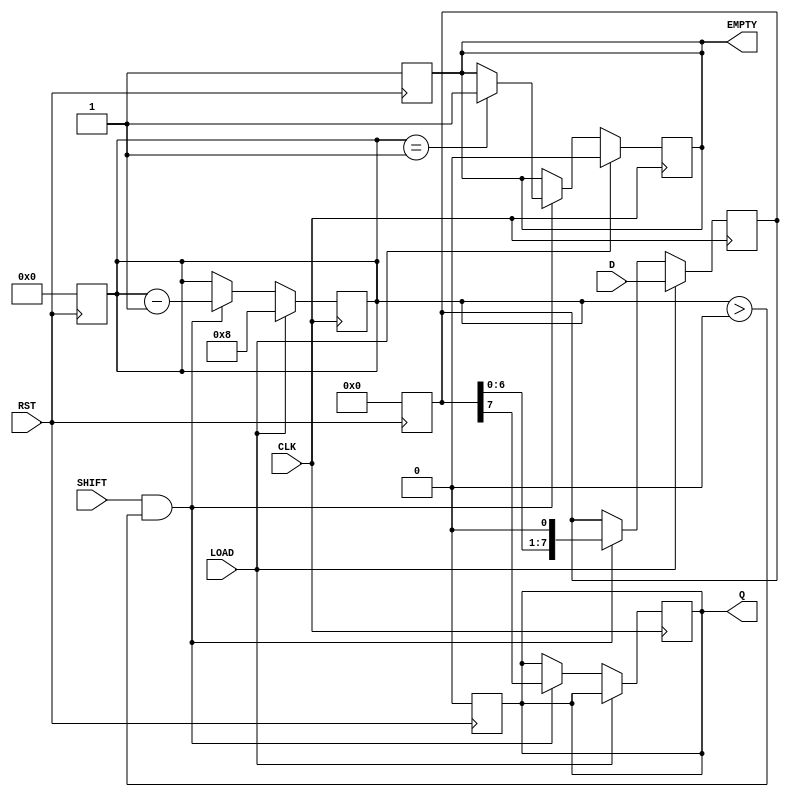
module PISO_Register #(
    parameter WIDTH = 8  // Configurable width of the register
)(
    input wire [WIDTH-1:0] D,    // Parallel data input
    input wire LOAD,              // Load signal
    input wire SHIFT,             // Shift signal
    input wire CLK,               // Clock signal
    input wire RST,               // Reset signal
    output reg Q,                 // Serial output
    output reg EMPTY              // Empty signal
);

    reg [WIDTH-1:0] shift_reg;    // Internal shift register
    reg [3:0] bit_count;           // Counter for number of bits shifted out

    // Asynchronous reset
    always @(posedge RST) begin
        shift_reg <= 0;
        Q <= 0;
        EMPTY <= 1;
        bit_count <= 0;
    end

    // Loading data into the register
    always @(posedge CLK) begin
        if (LOAD) begin
            shift_reg <= D;       // Load parallel data into the shift register
            bit_count <= WIDTH;   // Reset bit count to the width of the register
            EMPTY <= 0;           // Data is loaded, register is not empty
        end
        else if (SHIFT && bit_count > 0) begin
            Q <= shift_reg[WIDTH-1]; // Output the MSB
            shift_reg <= shift_reg << 1; // Shift left
            bit_count <= bit_count - 1; // Decrement the bit count
            if (bit_count == 1) begin
                EMPTY <= 1; // Set EMPTY when the last bit is shifted out
            end
        end
    end

endmodule